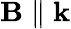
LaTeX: \textbf{B}\parallel\textbf{k}